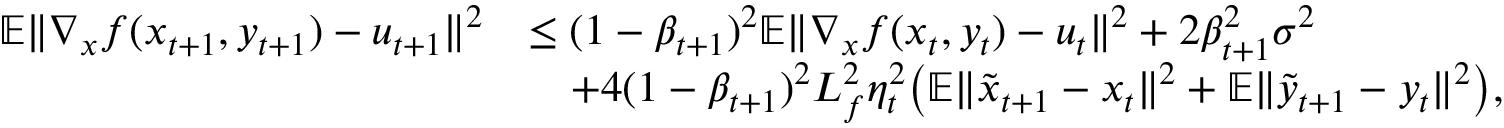
\begin{array} { r l } { \mathbb { E } \| \nabla _ { x } f ( x _ { t + 1 } , y _ { t + 1 } ) - u _ { t + 1 } \| ^ { 2 } } & { \leq ( 1 - \beta _ { t + 1 } ) ^ { 2 } \mathbb { E } \| \nabla _ { x } f ( x _ { t } , y _ { t } ) - u _ { t } \| ^ { 2 } + 2 \beta _ { t + 1 } ^ { 2 } \sigma ^ { 2 } } \\ & { \quad + 4 ( 1 - \beta _ { t + 1 } ) ^ { 2 } L _ { f } ^ { 2 } \eta _ { t } ^ { 2 } \big ( \mathbb { E } \| \tilde { x } _ { t + 1 } - x _ { t } \| ^ { 2 } + \mathbb { E } \| \tilde { y } _ { t + 1 } - y _ { t } \| ^ { 2 } \big ) , } \end{array}